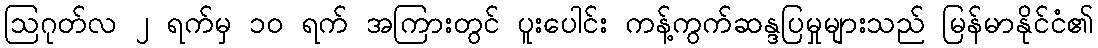
ဩဂုတ်လ ၂ ရက်မှ ၁၀ ရက် အကြားတွင် ပူးပေါင်း ကန့်ကွက်ဆန္ဒပြမှုများသည် မြန်မာနိုင်ငံ၏